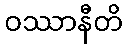
ဝဿာနီတိ